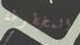
المخطوطة